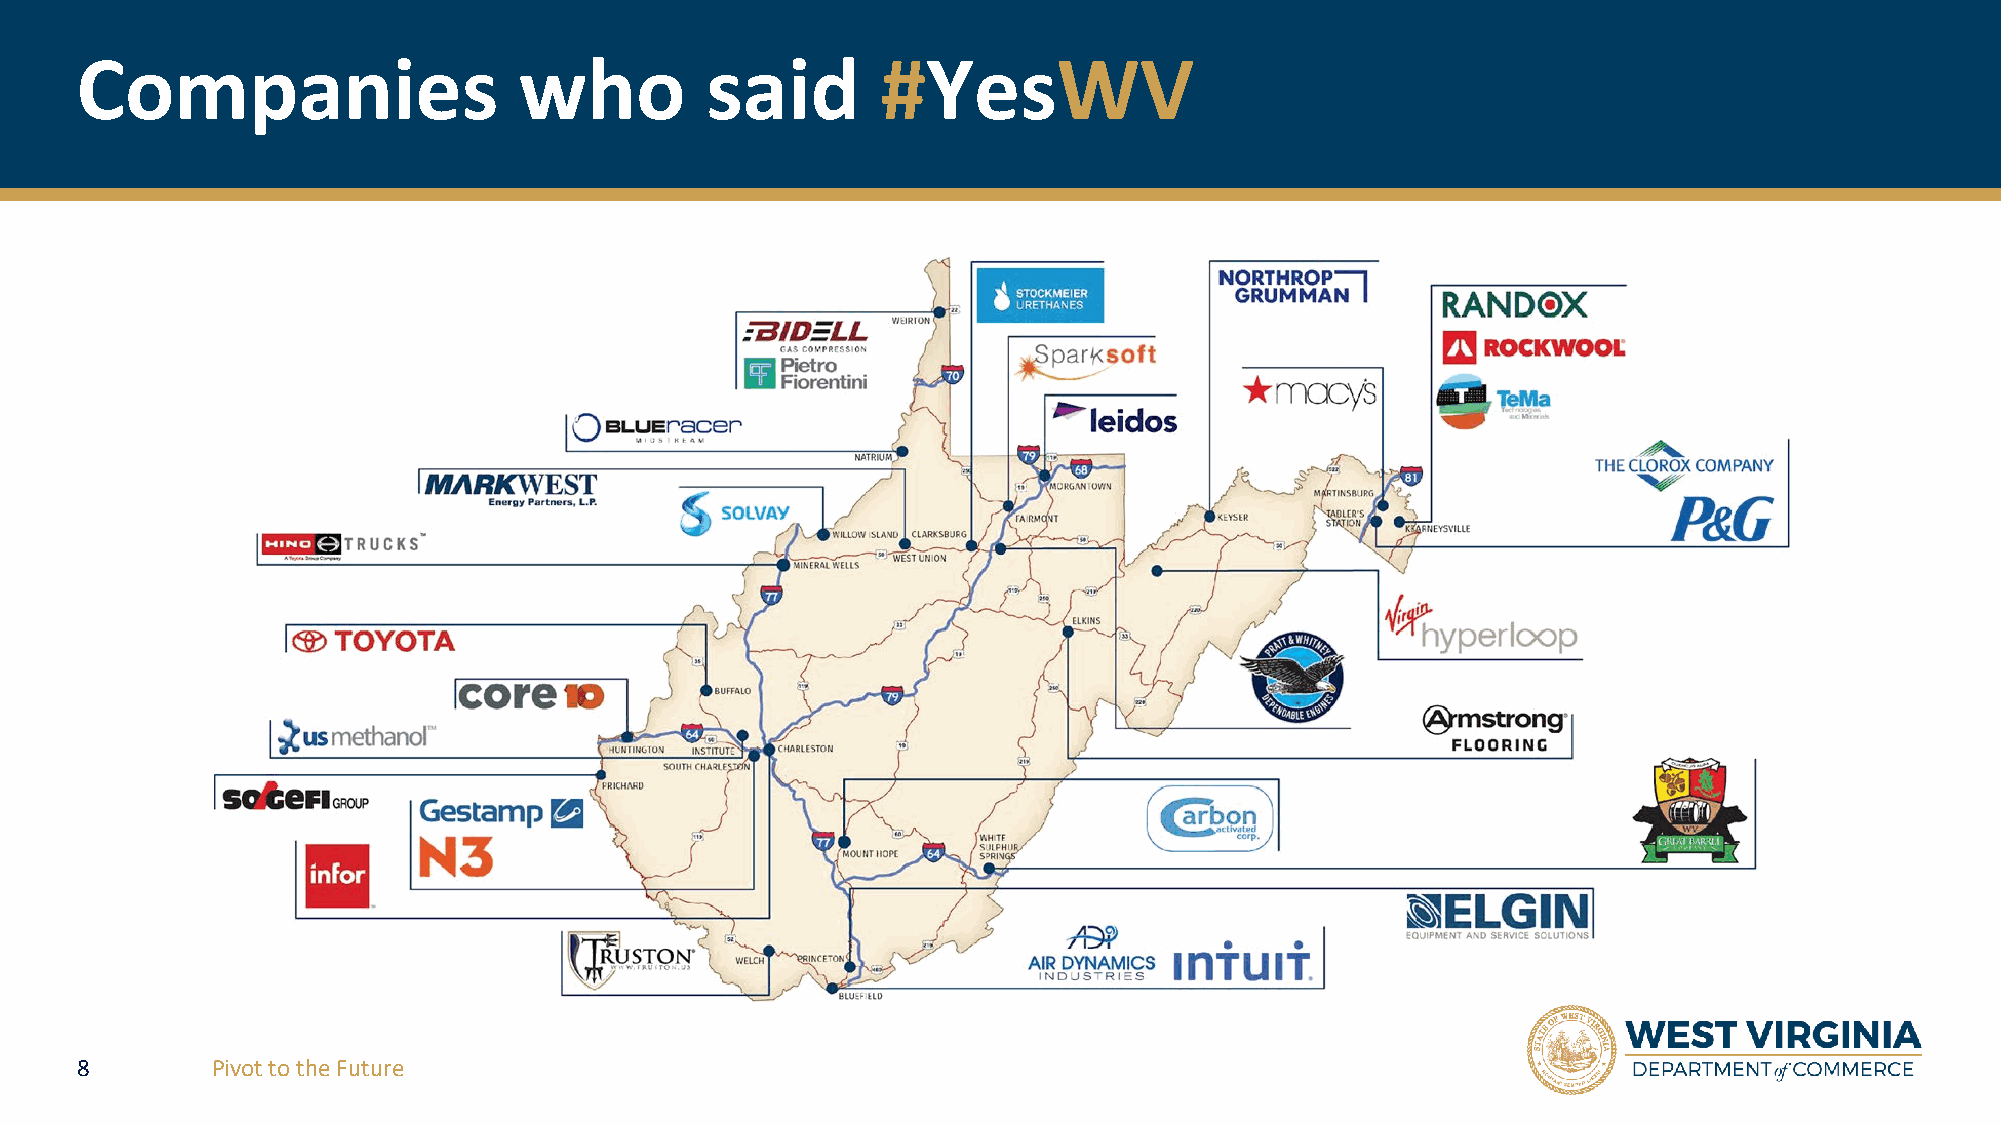
Companies                    who          said       #YesWV
 8        Pivot to the Future